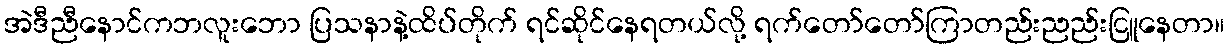
အဲဒီညီနောင်ကဘလူးဘော ပြသနာနဲ့ထိပ်တိုက် ရင်ဆိုင်နေရတယ်လို့ ရက်တော်တော်ကြာတည်းညည်းငြူနေတာ။